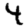
Digit: 4